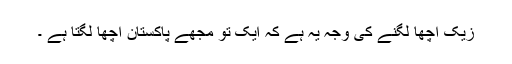
زیک اچھا لگنے کی وجہ یہ ہے کہ ایک تو مجھے پاکستان اچھا لگتا ہے ۔